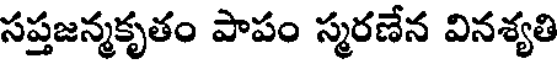
సప్తజన్మకృతం పాపం స్మరణేన వినశ్యతి